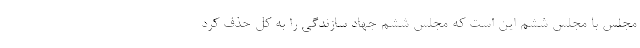
مجلس با مجلس ششم این است که مجلس ششم جهاد سازندگی را به کل حذف کرد